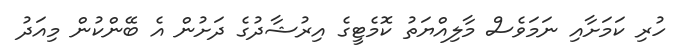
ހުރި ކަމަށާއި ނަމަވެސް މާލިއްޔަތު ކޮމެޓީގެ އިރުޝާދުގެ ދަށުން އެ ބޭންކުން މިއަދު